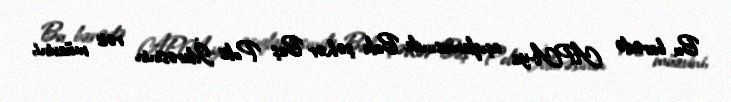
Bu barədə APA-ya açıqlamasında Bakı şəhər Baş Polis İdarəsinin rəis müavini,